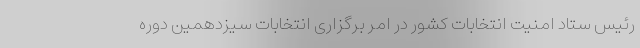
رئیس ستاد امنیت انتخابات کشور در امر برگزاری انتخابات سیزدهمین دوره